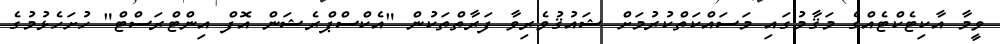
ވީމާ އާކިޓެކްޓެއްގެ މަޤާމުގައި މަސައްކަތްކުރުމަށް ޝައުޤުވެރިވާ ފަރާތްތަކުން "އެކްސްޕްރެޝަން އޮފް އިންޓްރަސްޓް" ހުށަހެޅުމުގެ